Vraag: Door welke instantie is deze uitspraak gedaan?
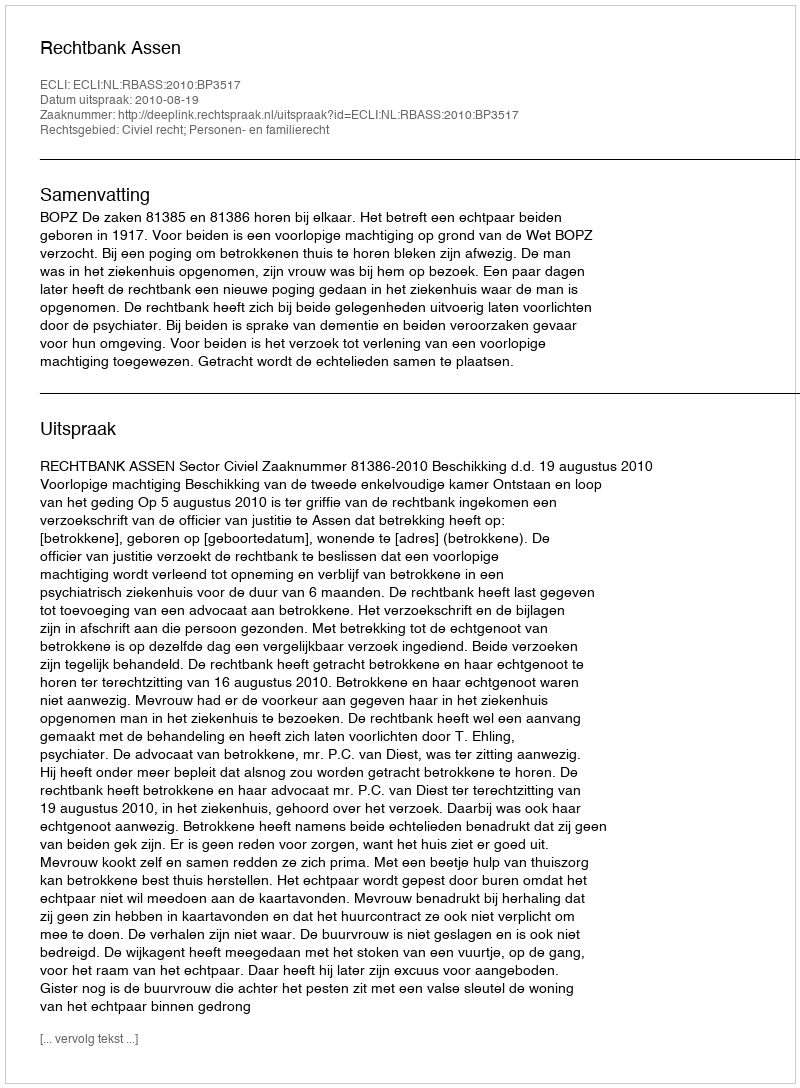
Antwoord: Rechtbank Assen